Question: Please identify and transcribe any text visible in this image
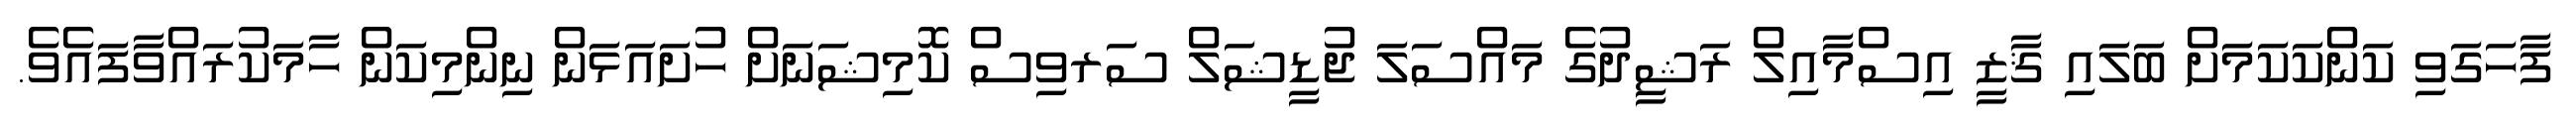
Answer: ފާހަގަވި ކަންކަކަމަށް ބަލައި ޤާޒީ އިސްމާއިލް ރަޝީދުގެ މައްސަލަ ޖުޑީޝަލް ސަރވިސް ކޮމިޝަނަށް ހުށައަޅަން ނިންމިކަން ހާމަކުރައްވާފައެވެ.